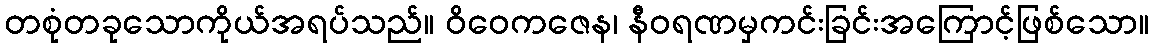
တစုံတခုသောကိုယ်အရပ်သည်။ ဝိဝေကဇေန၊ နီဝရဏမှကင်းခြင်းအကြောင့်ဖြစ်သော။